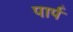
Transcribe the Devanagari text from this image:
पार्प